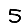
Digit: 5